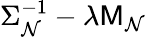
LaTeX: \Sigma_{\mathcal{N}}^{-1}-\lambda\mathsf{{M}}_{\mathcal{N}}